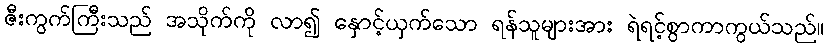
ဇီးကွက်ကြီးသည် အသိုက်ကို လာ၍ နှောင့်ယှက်သော ရန်သူများအား ရဲရင့်စွာကာကွယ်သည်။